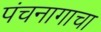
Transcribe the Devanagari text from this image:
पंचनागाचा